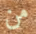
من